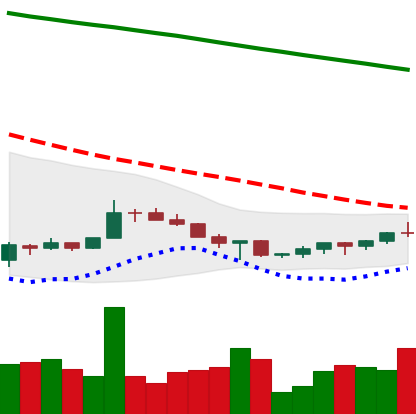
Ticker: XRP-USD
Chart end date: 2022-07-08
Forward return: -5.239%
Label: down_5_7